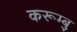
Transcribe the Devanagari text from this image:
करूम्बु